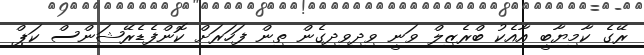
ރޭގެ ކާމިޔާބީ އާއެކު ބްރެޒިލް ވަނީ ވިދިވިދިގެން ތިން ފަހަރަށް ކޮންފެޑެރޭޝަންސް ކަޕް